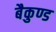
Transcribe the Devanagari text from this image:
बैकुण्ड